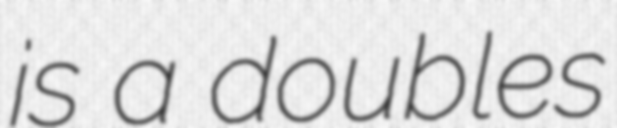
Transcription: is a doubles